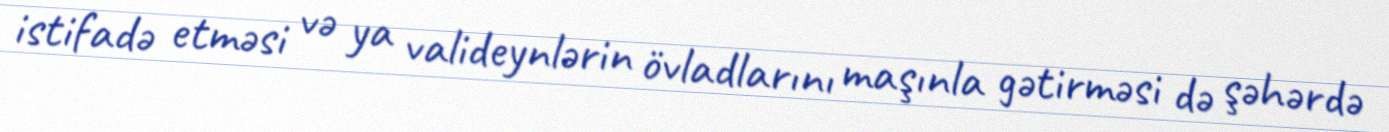
istifadə etməsi və ya valideynlərin övladlarını maşınla gətirməsi də şəhərdə